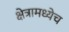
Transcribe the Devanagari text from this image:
क्षेत्रामध्येच